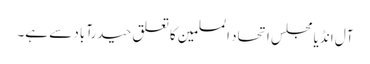
آل انڈیا مجلس اتحاد المسلمین کا تعلق حیدرآباد سے ہے۔